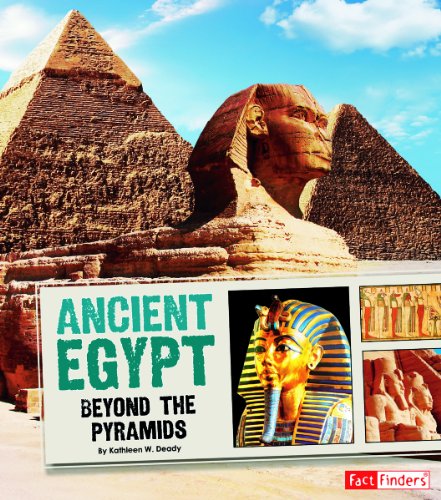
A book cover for Ancient Egypt: Beyond the Pyramids (Great Civilizations); Kathleen W. Deady; Children's Books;